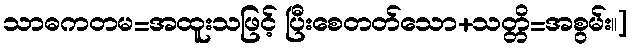
သာဓကတမ=အထူးသဖြင့် ပြီးစေတတ်သော+သတ္တိ=အစွမ်း။]